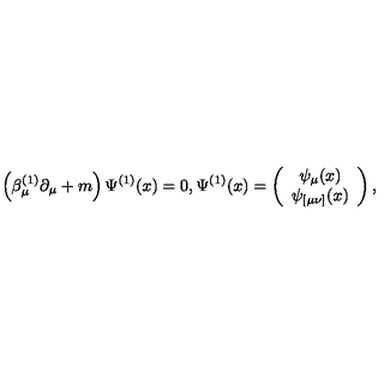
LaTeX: \left( \beta _ { \mu } ^ { ( 1 ) } \partial _ { \mu } + m \right) \Psi ^ { ( 1 ) } ( x ) = 0 , \Psi ^ { ( 1 ) } ( x ) = \left( \begin{array} { c } { \psi _ { \mu } ( x ) } \\ { \psi _ { [ \mu \nu ] } ( x ) } \\ \end{array} \right) ,